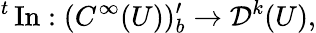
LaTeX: {}^{t}\operatorname{In}:(C^{\infty}(U))_{b}^{\prime}\to{\mathcal{D}}^{k}(U),